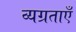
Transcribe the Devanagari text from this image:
व्यग्रताएँ